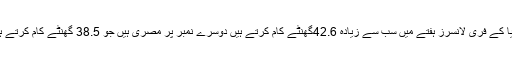
کینیا کے فری لانسرز ہفتے میں سب سے زیادہ 42.6گھنٹے کام کرتے ہیں دوسرے نمبر پر مصری ہیں جو 38.5 گھنٹے کام کرتے ہیں۔